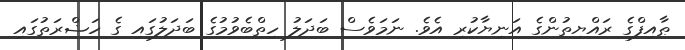
ޠާއިފްގެ ރައްޔިތުންގެ އަނިޔާކުރި އެވެ. ނަމަވެސް ބަދަލު ހިތްބެވުމުގެ ބަދަލުގައި ގެ ހަޟްރަތުގައި